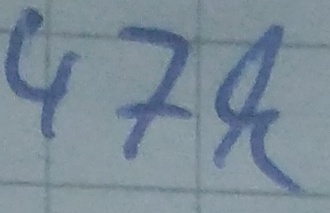
Text: 47k